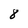
Character: 8